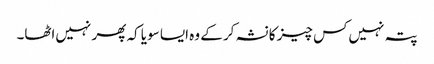
پتہ نہیں‌کس چیز کا نشہ کر کے وہ ایسا سویا کہ پھر نہیں‌اٹھا۔